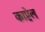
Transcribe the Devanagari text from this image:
काप्टेल